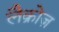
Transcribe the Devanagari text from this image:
लैक्रोज़